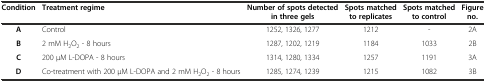
<table><thead><tr><td><b>Condition</b></td><td><b>Treatment regime</b></td><td><b>Number of spots detected in three gels</b></td><td><b>Spots matched to replicates</b></td><td><b>Spots matched to control</b></td><td><b>Figure no.</b></td></tr></thead><tbody><tr><td><b>A</b></td><td>Control</td><td>1252, 1326, 1277</td><td>1212</td><td>-</td><td>2A</td></tr><tr><td><b>B</b></td><td>2 mM H<sub>2</sub>O<sub>2</sub> - 8 hours</td><td>1287, 1202, 1219</td><td>1184</td><td>1033</td><td>2B</td></tr><tr><td><b>C</b></td><td>200 μM L-DOPA - 8 hours</td><td>1314, 1280, 1334</td><td>1257</td><td>1191</td><td>3A</td></tr><tr><td><b>D</b></td><td>Co-treatment with 200 μM L-DOPA and 2 mM H<sub>2</sub>O<sub>2</sub> - 8 hours</td><td>1285, 1274, 1239</td><td>1215</td><td>1082</td><td>3B</td></tr></tbody></table>